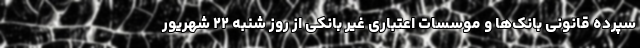
سپرده قانونی بانک‌ها و موسسات اعتباری غیر بانکی از روز شنبه ۲۲ شهریور